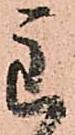
主